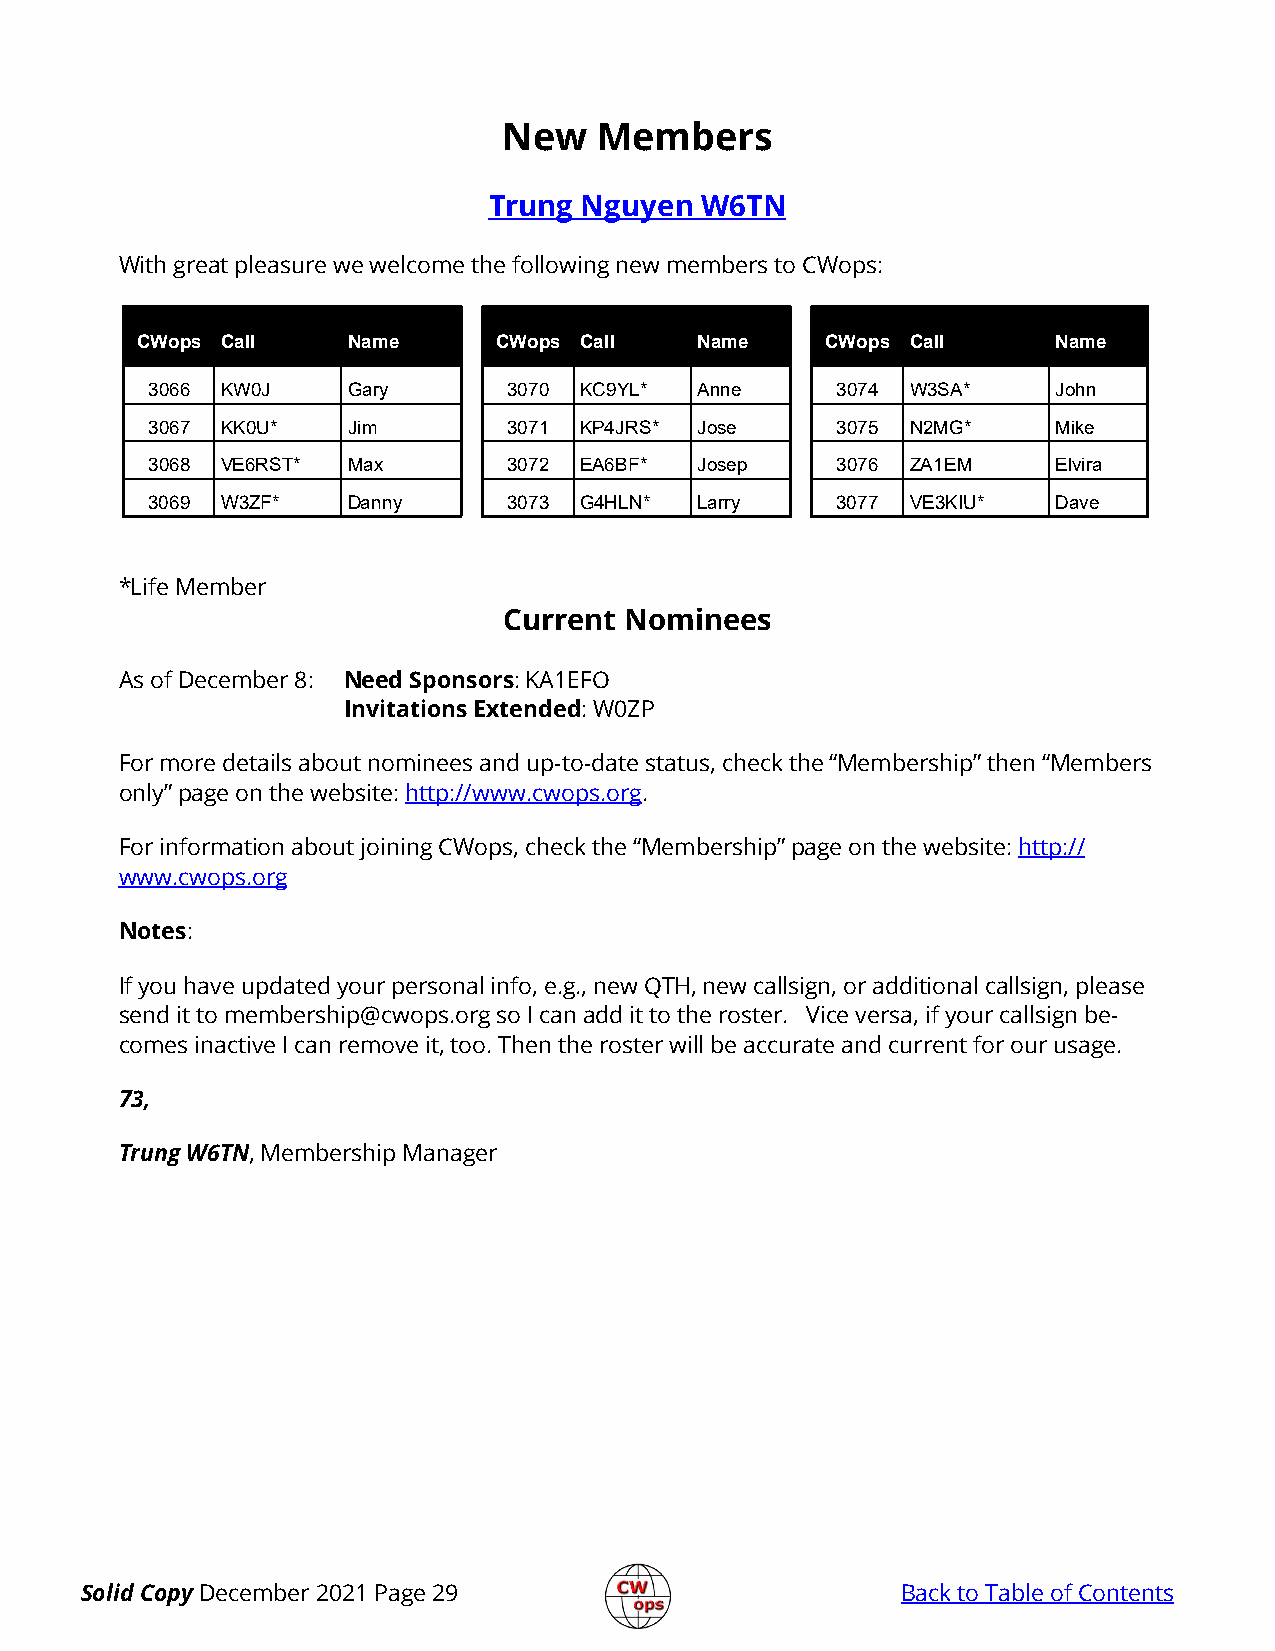
New    Members
 Trung Nguyen  W6TN
 With great pleasure we welcome the following new members to CWops:
 CWops Call    Name      CWops Call   Name     CWops Call     Name
 3066 KW0J    Gary       3070 KC9YL* Anne     3074 W3SA*     John
 3067 KK0U*   Jim        3071 KP4JRS* Jose    3075 N2MG*     Mike
 3068 VE6RST* Max        3072 EA6BF* Josep    3076 ZA1EM     Elvira
 3069 W3ZF*   Danny      3073 G4HLN* Larry    3077 VE3KIU*   Dave
 *Life Member
 Current Nominees
 As of December 8: Need Sponsors: KA1EFO
 Invitations Extended: W0ZP
 For more details about nominees and up-to-date status, check the “Membership” then “Members
 only” page on the website: http://www.cwops.org.
 For information about joining CWops, check the “Membership” page on the website: http://
 www.cwops.org
 Notes:
 If you have updated your personal info, e.g., new QTH, new callsign, or additional callsign, please
 send it to membership@cwops.org so I can add it to the roster. Vice versa, if your callsign be-
 comes inactive I can remove it, too. Then the roster will be accurate and current for our usage.
 73,
 Trung W6TN, Membership Manager
 Solid Copy December 2021 Page 29                       Back to Table of Contents